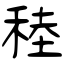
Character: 稑